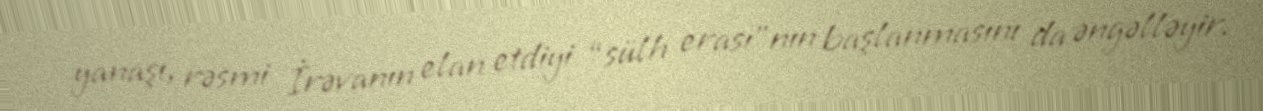
yanaşı, rəsmi İrəvanın elan etdiyi “sülh erası”nın başlanmasını da əngəlləyir.